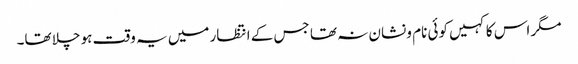
مگر اس کا کہیں کوئی نام و نشان نہ تھا جس کے انتظار میں یہ وقت ہو چلا تھا۔